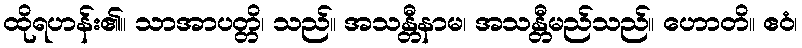
ထိုရဟန်း၏။ သာအာပတ္တိ၊ သည်။ အသန္တီနာမ၊ အသန္တီမည်သည်။ ဟောတိ။ ဧဝံ၊